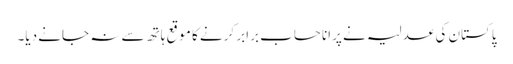
پاکستان کی عدلیہ نے پرانا حساب برابر کرنے کا موقع ہاتھ سے نہ جانے دیا۔